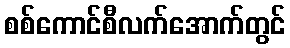
စစ်ကောင်စီလက်အောက်တွင်